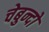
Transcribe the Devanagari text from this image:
चेबुन्दो